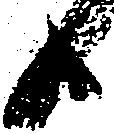
日